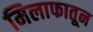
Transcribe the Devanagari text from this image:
मिलाफातून